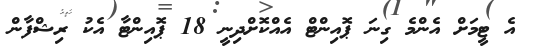
އެ ޓީމަށް އެންމެ ގިނަ ޕޮއިންޓް އެއްކޮށްދިނީ 18 ޕޮއިންޓާ އެކު ރިޝްފާން